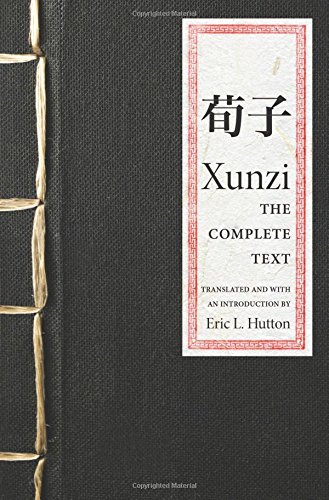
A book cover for Xunzi: The Complete Text; Xunzi; Religion & Spirituality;